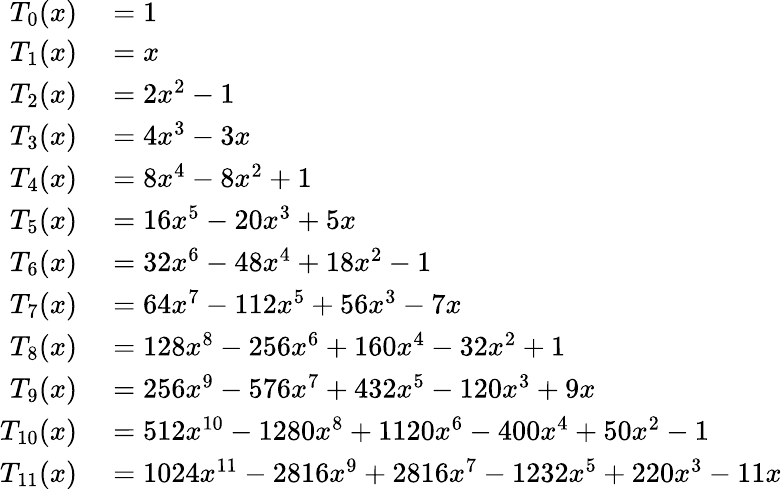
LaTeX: \begin{array}{rl}{T_{0}(x)}&{{}=1}\\ {T_{1}(x)}&{{}=x}\\ {T_{2}(x)}&{{}=2x^{2}-1}\\ {T_{3}(x)}&{{}=4x^{3}-3x}\\ {T_{4}(x)}&{{}=8x^{4}-8x^{2}+1}\\ {T_{5}(x)}&{{}=16x^{5}-20x^{3}+5x}\\ {T_{6}(x)}&{{}=32x^{6}-48x^{4}+18x^{2}-1}\\ {T_{7}(x)}&{{}=64x^{7}-112x^{5}+56x^{3}-7x}\\ {T_{8}(x)}&{{}=128x^{8}-256x^{6}+160x^{4}-32x^{2}+1}\\ {T_{9}(x)}&{{}=256x^{9}-576x^{7}+432x^{5}-120x^{3}+9x}\\ {T_{10}(x)}&{{}=512x^{10}-1280x^{8}+1120x^{6}-400x^{4}+50x^{2}-1}\\ {T_{11}(x)}&{{}=1024x^{11}-2816x^{9}+2816x^{7}-1232x^{5}+220x^{3}-11x}\end{array}